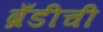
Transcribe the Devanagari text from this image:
ब्रँडीची